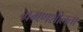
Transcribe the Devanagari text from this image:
भ्रमणशीलता